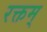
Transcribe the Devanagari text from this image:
रक्तम्